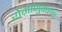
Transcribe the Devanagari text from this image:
रोग़ाणुवाहक